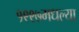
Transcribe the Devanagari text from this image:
१९९७मधल्या